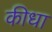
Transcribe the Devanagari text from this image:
कीधा